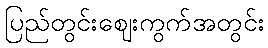
ပြည်တွင်းဈေးကွက်အတွင်း